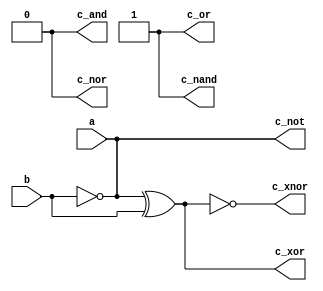
`timescale 1ns / 1ps
//////////////////////////////////////////////////////////////////////////////////
// Company: 
// Engineer: 
// 
// Design Name: 
// Module Name:    Logic_gates_structural 
// Project Name: 
// Target Devices: 
// Tool versions: 
// Description: 
//
// Dependencies: 
//
// Revision: 
// Revision 0.01 - File Created
// Additional Comments: 
//
//////////////////////////////////////////////////////////////////////////////////

module Logic_gates_structural(
    input a,
    input b,
    output c_and,
    output c_or,
    output c_not,
    output c_xor,
    output c_nand,
    output c_nor,
    output c_xnor
    );
  
	 and(c_and, a, b);
	 or(c_or, a, b);
	 not(c_not, a, b);
	 xor(c_xor, a, b);
	 nand(c_nand, a, b);
	 nor(c_nor, a, b);
	 xnor(c_xnor, a, b);
  
endmodule